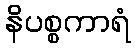
နိပစ္စကာရံ